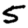
Digit: 5